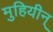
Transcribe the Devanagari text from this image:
मुहियीन्